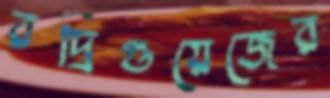
রদ্রিগুয়েজের